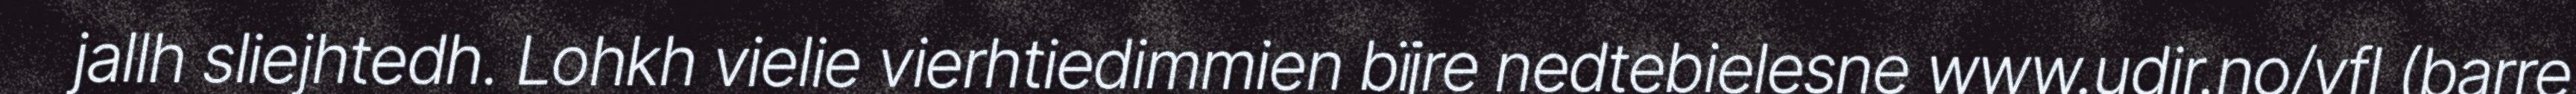
jallh sliejhtedh. Lohkh vielie vierhtiedimmien bïjre nedtebielesne www.udir.no/vfl (barre